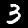
Label: 3